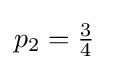
p_{2}=\textstyle {\frac {3}{4}}\